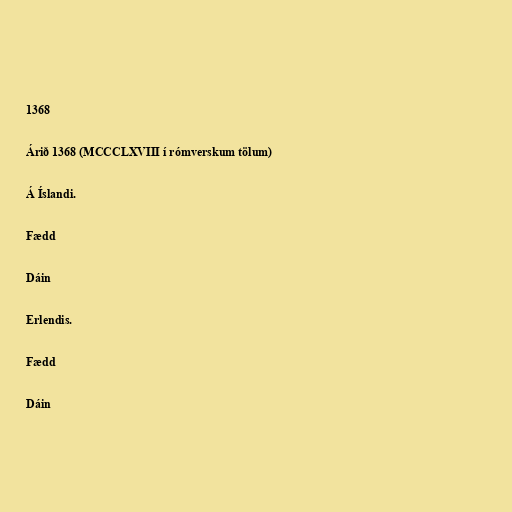
1368

Árið 1368 (MCCCLXVIII í rómverskum tölum)

Á Íslandi.

Fædd

Dáin

Erlendis.

Fædd

Dáin